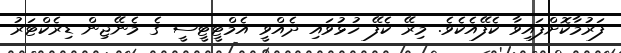
ފަރުމާކޮށްފައިވާ ކެފޭއެކެވެ. މިރޭ ކެފޭ ހުޅުވައި ދެއްވީ އެމްޓީޓީސީ ގެ މެނޭޖިން ޑިރެކްޓަރު